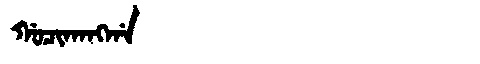
Manchu: ᡤᠣᠴᡳᡴᠠᠩᡤᠠ
Romanization: GOCIKANGGA